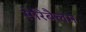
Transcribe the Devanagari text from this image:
सेरिबैलम